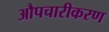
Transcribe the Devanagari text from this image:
औपचारीकरण